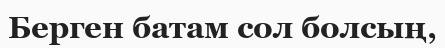
Берген батам сол болсың,